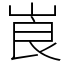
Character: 崀